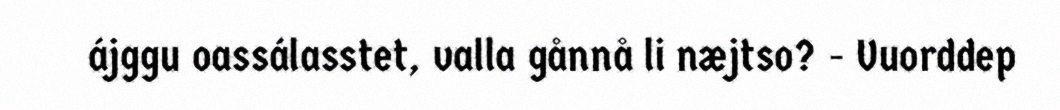
ájggu oassálasstet, valla gånnå li næjtso? - Vuorddep